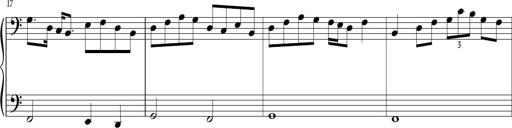
Title: Sonatina in C major
Composer: Or Vaitzman
Key: C major